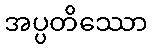
အပ္ပတိဿော